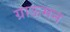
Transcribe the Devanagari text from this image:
ग्राऊमन